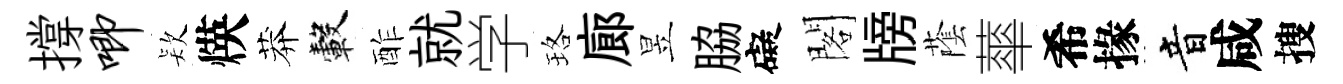
撐唧𣣇煐莽轂酢就学珞廊昱脇礙閣牓䕃蕐希掾音咸搜